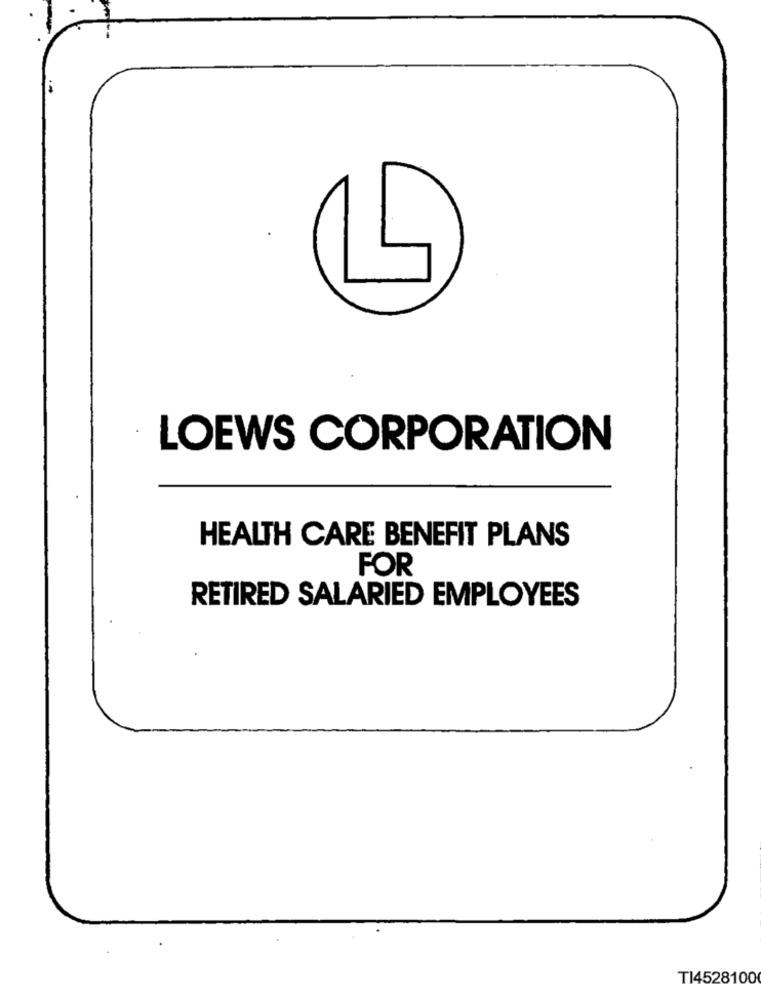
LOEWS CORPORATION
HEALTH CARE BENEFIT PLANS
FOR
RETIRED SALARIED EMPLOYEES
T14528100